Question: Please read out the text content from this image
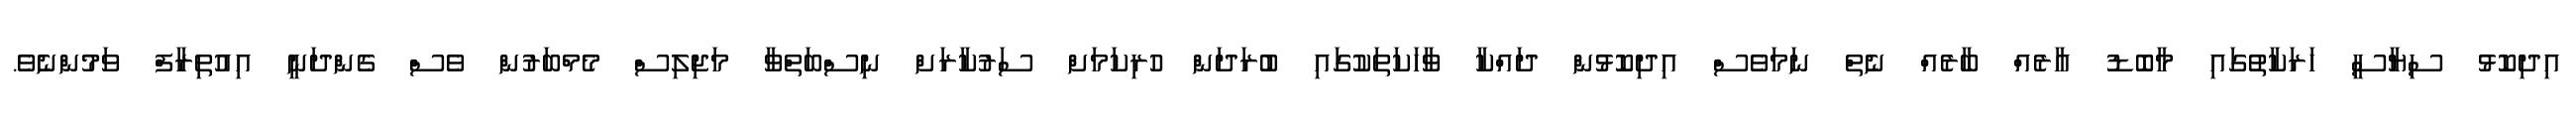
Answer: އިދިކޮޅު ސިޔާސީ ހަރަކާތުގައި މާބޮޑު އާރެއް ބާރެއް ނެތް ނަމަވެސް އިދިކޮޅުން ދައްކާ ވާހަކަތަކުގައި ބުރަދަން ހުރިކަމަށް ސަރުކާރަށް ނިސްބަތްވާ މަޖިލިސް މެމްބަރުން ވެސް ގެންދަނީ އިއުތިރާފް ވަމުންނެވެ.